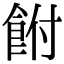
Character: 𩚭